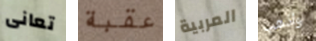
تعانى عقبة المربية واذهب